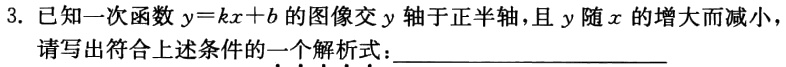
3. 已知一次函数$y = kx + b$的图像交$y$轴于正半轴，且$y$随$x$的增大而减小，请写出符合上述条件的一个解析式：____________________